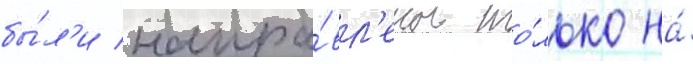
бы́л'и напра́вл'ены то́лько на́